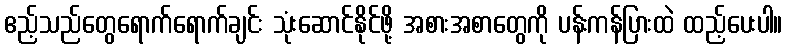
ဧည့်သည်တွေရောက်ရောက်ချင်း သုံးဆောင်နိုင်ဖို့ အစားအစာတွေကို ပန်းကန်ပြားထဲ ထည့်ပေးပါ။